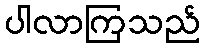
ပါလာကြသည်